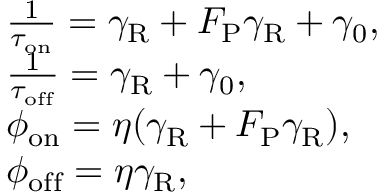
\begin{array} { r l } & { \quad \frac { 1 } { \tau _ { \mathrm { o n } } } = \gamma _ { \mathrm { R } } + F _ { \mathrm { P } } \gamma _ { \mathrm { R } } + \gamma _ { \mathrm { 0 } } , } \\ & { \quad \frac { 1 } { \tau _ { \mathrm { o f f } } } = \gamma _ { \mathrm { R } } + \gamma _ { \mathrm { 0 } } , } \\ & { \quad \phi _ { \mathrm { o n } } = \eta ( \gamma _ { \mathrm { R } } + F _ { \mathrm { P } } \gamma _ { \mathrm { R } } ) , } \\ & { \quad \phi _ { \mathrm { o f f } } = \eta \gamma _ { \mathrm { R } } , } \end{array}